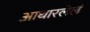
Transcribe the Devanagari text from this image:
आधारलेलं